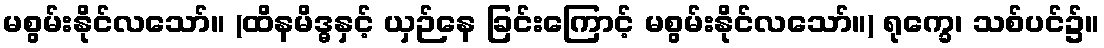
မစွမ်းနိုင်လသော်။ (ထိနမိဒ္ဓနှင့် ယှဉ်နေ ခြင်းကြောင့် မစွမ်းနိုင်လသော်။) ရုက္ခေ၊ သစ်ပင်၌။